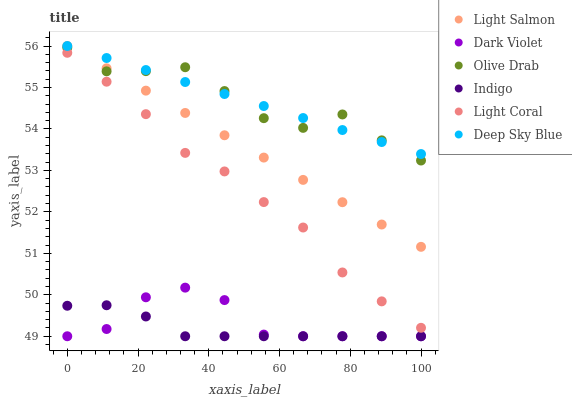
| xaxis_label | Light Salmon | Dark Violet | Olive Drab | Indigo | Light Coral | Deep Sky Blue |
 | --- | --- | --- | --- | --- | --- | --- |
 | 0 | 56 | 49 | 56 | 49.7 | 55.8 | 56 |
 | 11.1 | 55.5 | 49.2 | 55.4 | 49.7 | 55.1 | 55.7 |
 | 22.2 | 54.9 | 49.9 | 55.4 | 49.5 | 54.4 | 55.4 |
 | 33.3 | 54.4 | 50.2 | 55.5 | 49 | 53.4 | 55.1 |
 | 44.4 | 53.8 | 49.9 | 54.9 | 49 | 53 | 54.8 |
 | 55.6 | 53.3 | 49 | 54.3 | 49 | 52.2 | 54.6 |
 | 66.7 | 52.8 | 49 | 54 | 49 | 51.6 | 54.3 |
 | 77.8 | 52.2 | 49 | 54.3 | 49 | 50.5 | 54 |
 | 88.9 | 51.7 | 49 | 53.7 | 49 | 49.8 | 53.7 |
 | 100 | 51.2 | 49 | 53.2 | 49 | 49.2 | 53.4 |